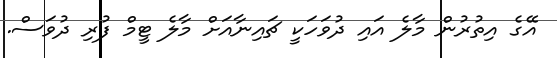
އޭގެ އިތުރުން މާލެ އައި ދުވަހަކީ ޗައިނާއަށް މާލެ ޓީމް ފުރި ދުވަސް.